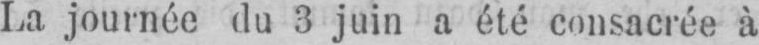
La journée du 3 juin a été consacrée à